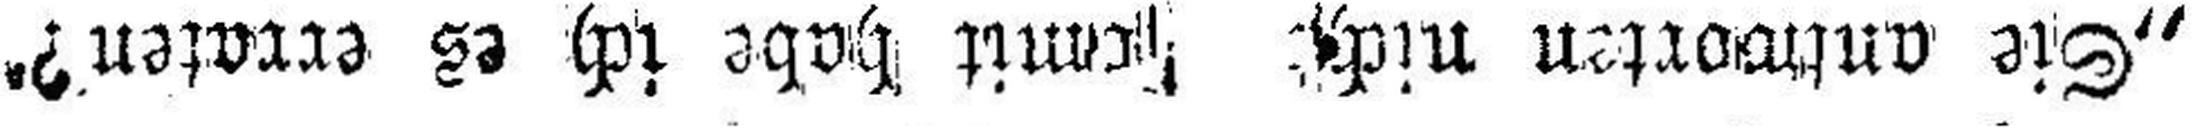
„Sie antworten nicht ###mit habe ich es erraten?“